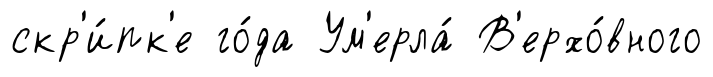
скр'и́пк'е го́да Ум'ерла́ В'ерхо́вного